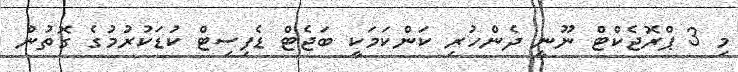
މި 3 ޕްރޮޖެކްޓް ނޫނީ ދެންހުރި ކަންކަމަކީ ބަޖެޓް ޑެފިސިޓް ކުޑަކުރުމުގެ ގޮތުން